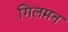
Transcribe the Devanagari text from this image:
गिलमन